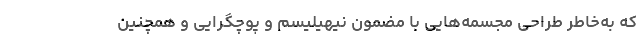
که به‌خاطر طراحی مجسمه‌هایی با مضمون نیهیلیسم و پوچگرایی و همچنین